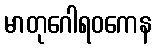
မာတုဂေါရဝကေန